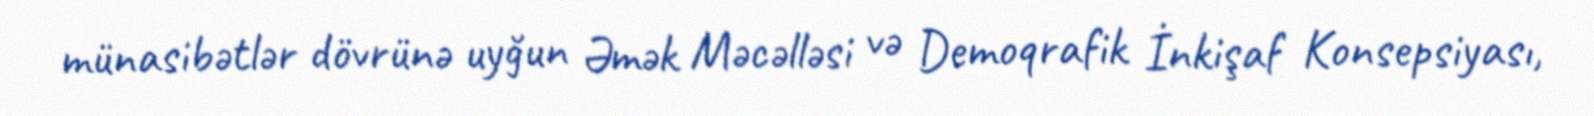
münasibətlər dövrünə uyğun Əmək Məcəlləsi və Demoqrafik İnkişaf Konsepsiyası,